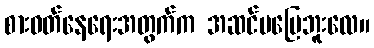
စားဝတ်နေရေးအတွက်က အဆင်မပြေဘူးလေ။